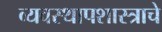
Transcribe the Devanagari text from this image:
व्यवस्थापशास्त्राचे